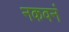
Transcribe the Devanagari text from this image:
नकवनं